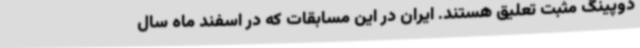
دوپینگ مثبت تعلیق هستند. ایران در این مسابقات که در اسفند ماه سال